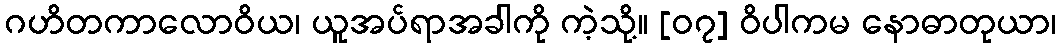
ဂဟိတကာလောဝိယ၊ ယူအပ်ရာအခါကို ကဲ့သို့။ [၀၇] ဝိပါကမ နောဓာတုယာ၊